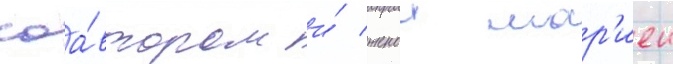
соа́втором и́ женои мар'иеи